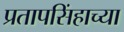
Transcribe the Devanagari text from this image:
प्रतापसिंहाच्या